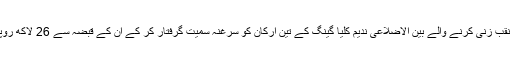
2015ء) تھانہ سٹی ساہیوال نے سرقہ بالجبر اور نقب زنی کرنے والے بین الاضلاعی ندیم کلیا گینگ کے تین ارکان کو سرغنہ سمیت گرفتار کر کے ان کے قبضہ سے 26 لاکھ روپے کا لوٹا ہوا مال اور نا جائز اسلحہ برآمد کر لیا ۔